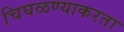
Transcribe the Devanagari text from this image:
चिघळण्याकरता